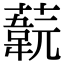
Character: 𦽞